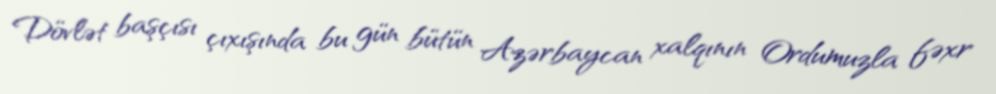
Dövlət başçısı çıxışında bu gün bütün Azərbaycan xalqının Ordumuzla fəxr